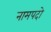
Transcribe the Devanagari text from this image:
नामपदो